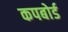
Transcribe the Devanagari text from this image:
कपबोर्ड